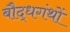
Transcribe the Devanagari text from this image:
बौद्धगंथों